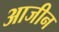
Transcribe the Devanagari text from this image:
आजीन